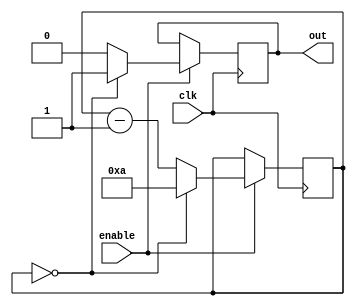
module modulo_n_down_counter(
    input wire clk,
    input wire enable,
    output reg out
);

parameter N = 10;
reg [3:0] count;

always @(posedge clk) begin
    if(enable) begin
        if(count == 0) begin
            out <= 1;
            count <= N;
        end else begin
            out <= 0;
            count <= count - 1;
        end
    end
end

endmodule